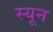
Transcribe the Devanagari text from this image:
स्यून